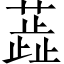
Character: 蕋